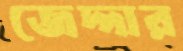
জেদ্দার